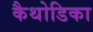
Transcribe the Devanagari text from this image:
कैथोडिका